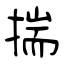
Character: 揣